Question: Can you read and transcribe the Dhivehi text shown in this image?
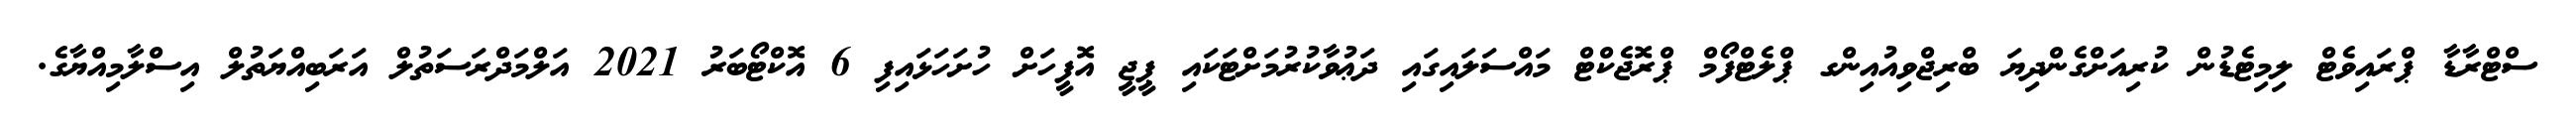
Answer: ސްޓްރާޑާ ޕްރައިވެޓް ލިމިޓެޑުން ކުރިއަށްގެންދިޔަ ބްރިޖްވިއުއިންގ ޕްލެޓްފޯމް ޕްރޮޖެކްޓް މައްސަލައިގައި ދަޢުވާކުރުމަށްޓަކައި ޕީޖީ އޮފީހަށް ހުށަހަޅައިފި 6 އޮކްޓޯބަރު 2021 އަލްމަދްރަސަތުލް އަރަބިއްޔަތުލް އިސްލާމިއްޔާގެ.